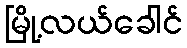
မြို့လယ်ခေါင်